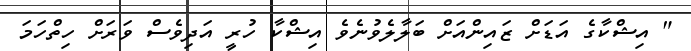
" އިޝްކާގެ އަޑަށް ޒައިންއަށް ބަލާލެވުނެވެ އިޝްކާ ހުރީ އަދިވެސް ވަރަށް ހިތްހަމަ